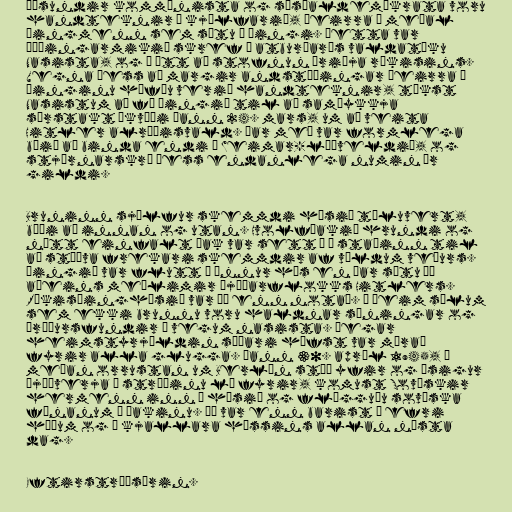
Þúsundir kommúnista og sósíaldemókrata voru
handteknir í kjölfarið, þeirra á meðal
þingmenn sem sátu á þingi. Þetta var
þýðingarmikið skref í atburðarás valdatöku
Nasista, og í átt að stofnun Þriðja ríkisins.
Vegna þess að margir andstæðingar þeirra á
þinginu höfðu verið handteknir, tókst
Nasistum að fá þingið til að samþykkja
sérstakt ákvæði þann 24. mars, um að veita
Hitler alræðisvald. Þar með var formlega
búið að binda endi á Weimar-lýðveldið, og
stjórnarskrá þess endanlega numin úr
gildi.

Bruninn sjálfur skemmdi húsið töluvert,
bæði að innan og utan. Hvolfþakið hrundi og
nýtt einfalt þak var sett á í staðinn til
að stöðva frekari skemmdir af völdum veðurs.
Þingið var flutt í önnur hús en þar sátu þó
aðeins meðlimir þjóðarflokks Hitlers.
Ríkisþinghúsið var þó enn notað. Í þeim sölum
sem ekki brunnu voru haldnar sýningar og
áróðursfundir á vegum nasista. Þegar
heimstyrjöldin síðari hófst var múrað
fyrir alla glugga. Þann 30. apríl 1945, á
meðan orrustan um Berlín stóð yfir og ósigur
Þjóðverja í stríðinu lá fyrir, komust Sovéskir
hermenn inn í húsið og flögguðu sovéska
fánanum á þakinu. Þó var enn barist á efri
hæðum og í kjallara hússins allan næsta
dag.

Eftirstríðsárin.